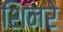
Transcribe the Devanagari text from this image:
शिनरे